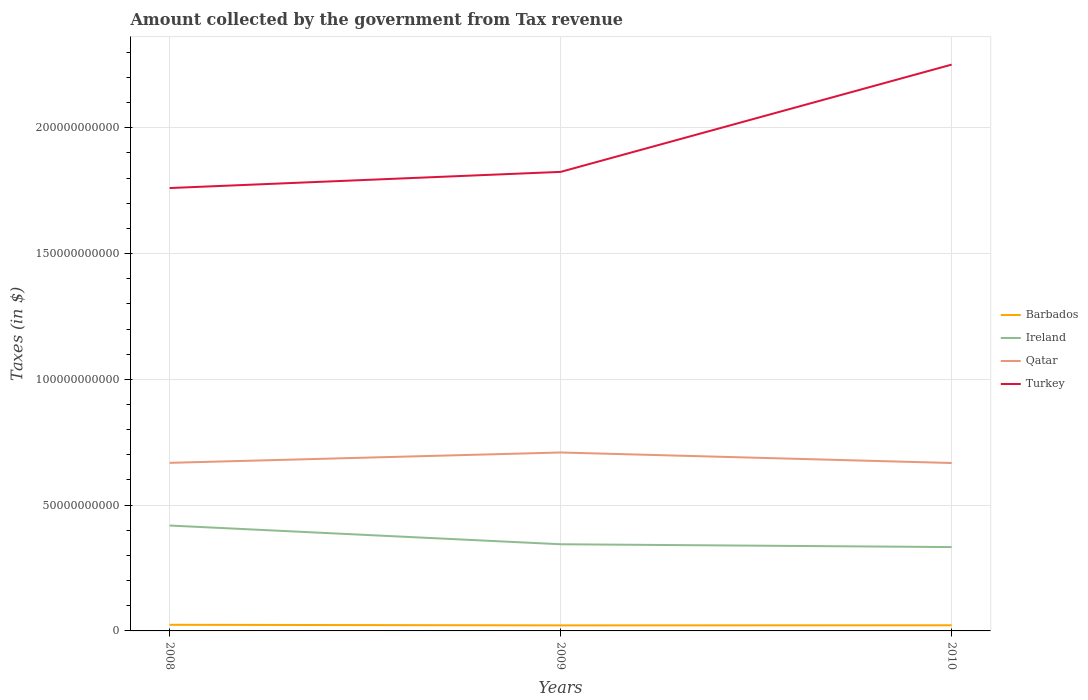
| Years | Barbados | Ireland | Qatar | Turkey |
 | --- | --- | --- | --- | --- |
 | 2008 | 2.43e+09 | 4.19e+10 | 6.68e+10 | 1.76e+11 |
 | 2009 | 2.21e+09 | 3.45e+10 | 7.09e+10 | 1.82e+11 |
 | 2010 | 2.24e+09 | 3.33e+10 | 6.67e+10 | 2.25e+11 |